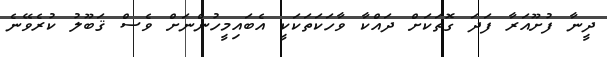
ދީނާ ފުށޫއަރާ ފަދަ ގޮތަކަށް ދައްކާ ވާހަކަތަކަކީ އެބައިމީހުންނަށް ވެސް ޤަބޫލު ކުރެވޭނެ